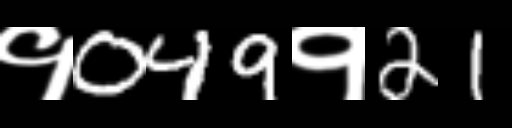
Text: १049१21